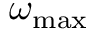
\omega _ { \mathrm { m a x } }